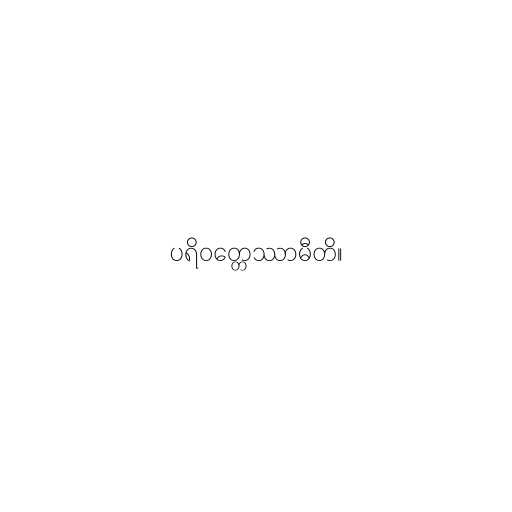
ပရိဝတ္တေဿာမီတိ။